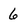
Character: 6